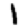
Digit: 1